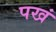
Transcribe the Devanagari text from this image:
पखं